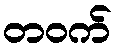
တဝက်